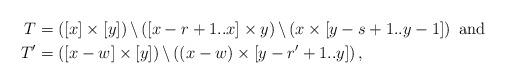
LaTeX: \begin{align*} T&=\left([x]\times [y]\right) \backslash \left( [x-r+1..x] \times y \right) \backslash \left( x \times [y-s+1..y-1] \right) \mbox{ and}\\ T'&=\left([x-w]\times [y]\right) \backslash \left( (x-w) \times [y-r'+1..y] \right) , \end{align*}